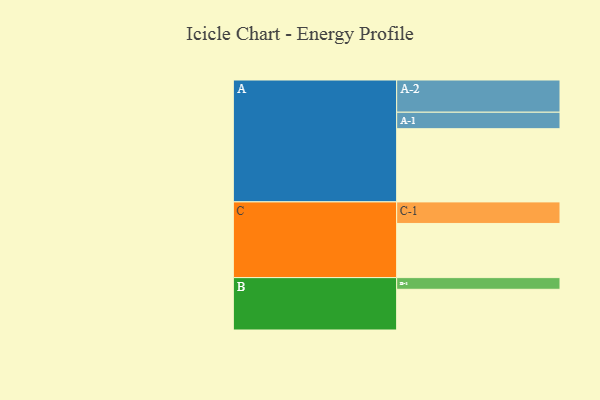
{"axis": {"x": "Segment", "y": "Value"}, "legend": ["", "A", "B", "C"], "data": [{"x": "A", "y": 577, "type": ""}, {"x": "B", "y": 321, "type": ""}, {"x": "C", "y": 427, "type": ""}, {"x": "A-1", "y": 130, "type": "A"}, {"x": "A-2", "y": 254, "type": "A"}, {"x": "B-1", "y": 92, "type": "B"}, {"x": "C-1", "y": 170, "type": "C"}]}